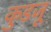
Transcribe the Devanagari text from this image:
कुडजू